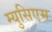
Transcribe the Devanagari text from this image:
म्युसिएम